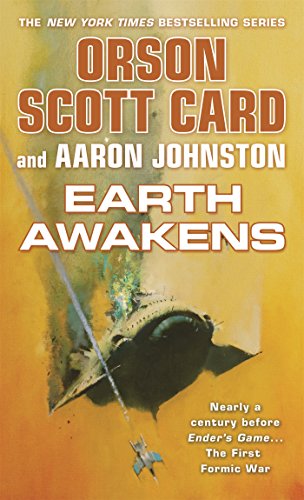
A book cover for Earth Awakens (The First Formic War); Orson Scott Card; Science Fiction & Fantasy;